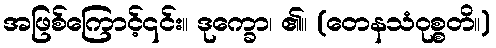
အဖြစ်ကြောင့်၎င်း။ ဒုက္ခော၊ ၏။ (တေနသံဝုစ္စတိ။)